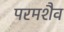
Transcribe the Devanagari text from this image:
परमशैव